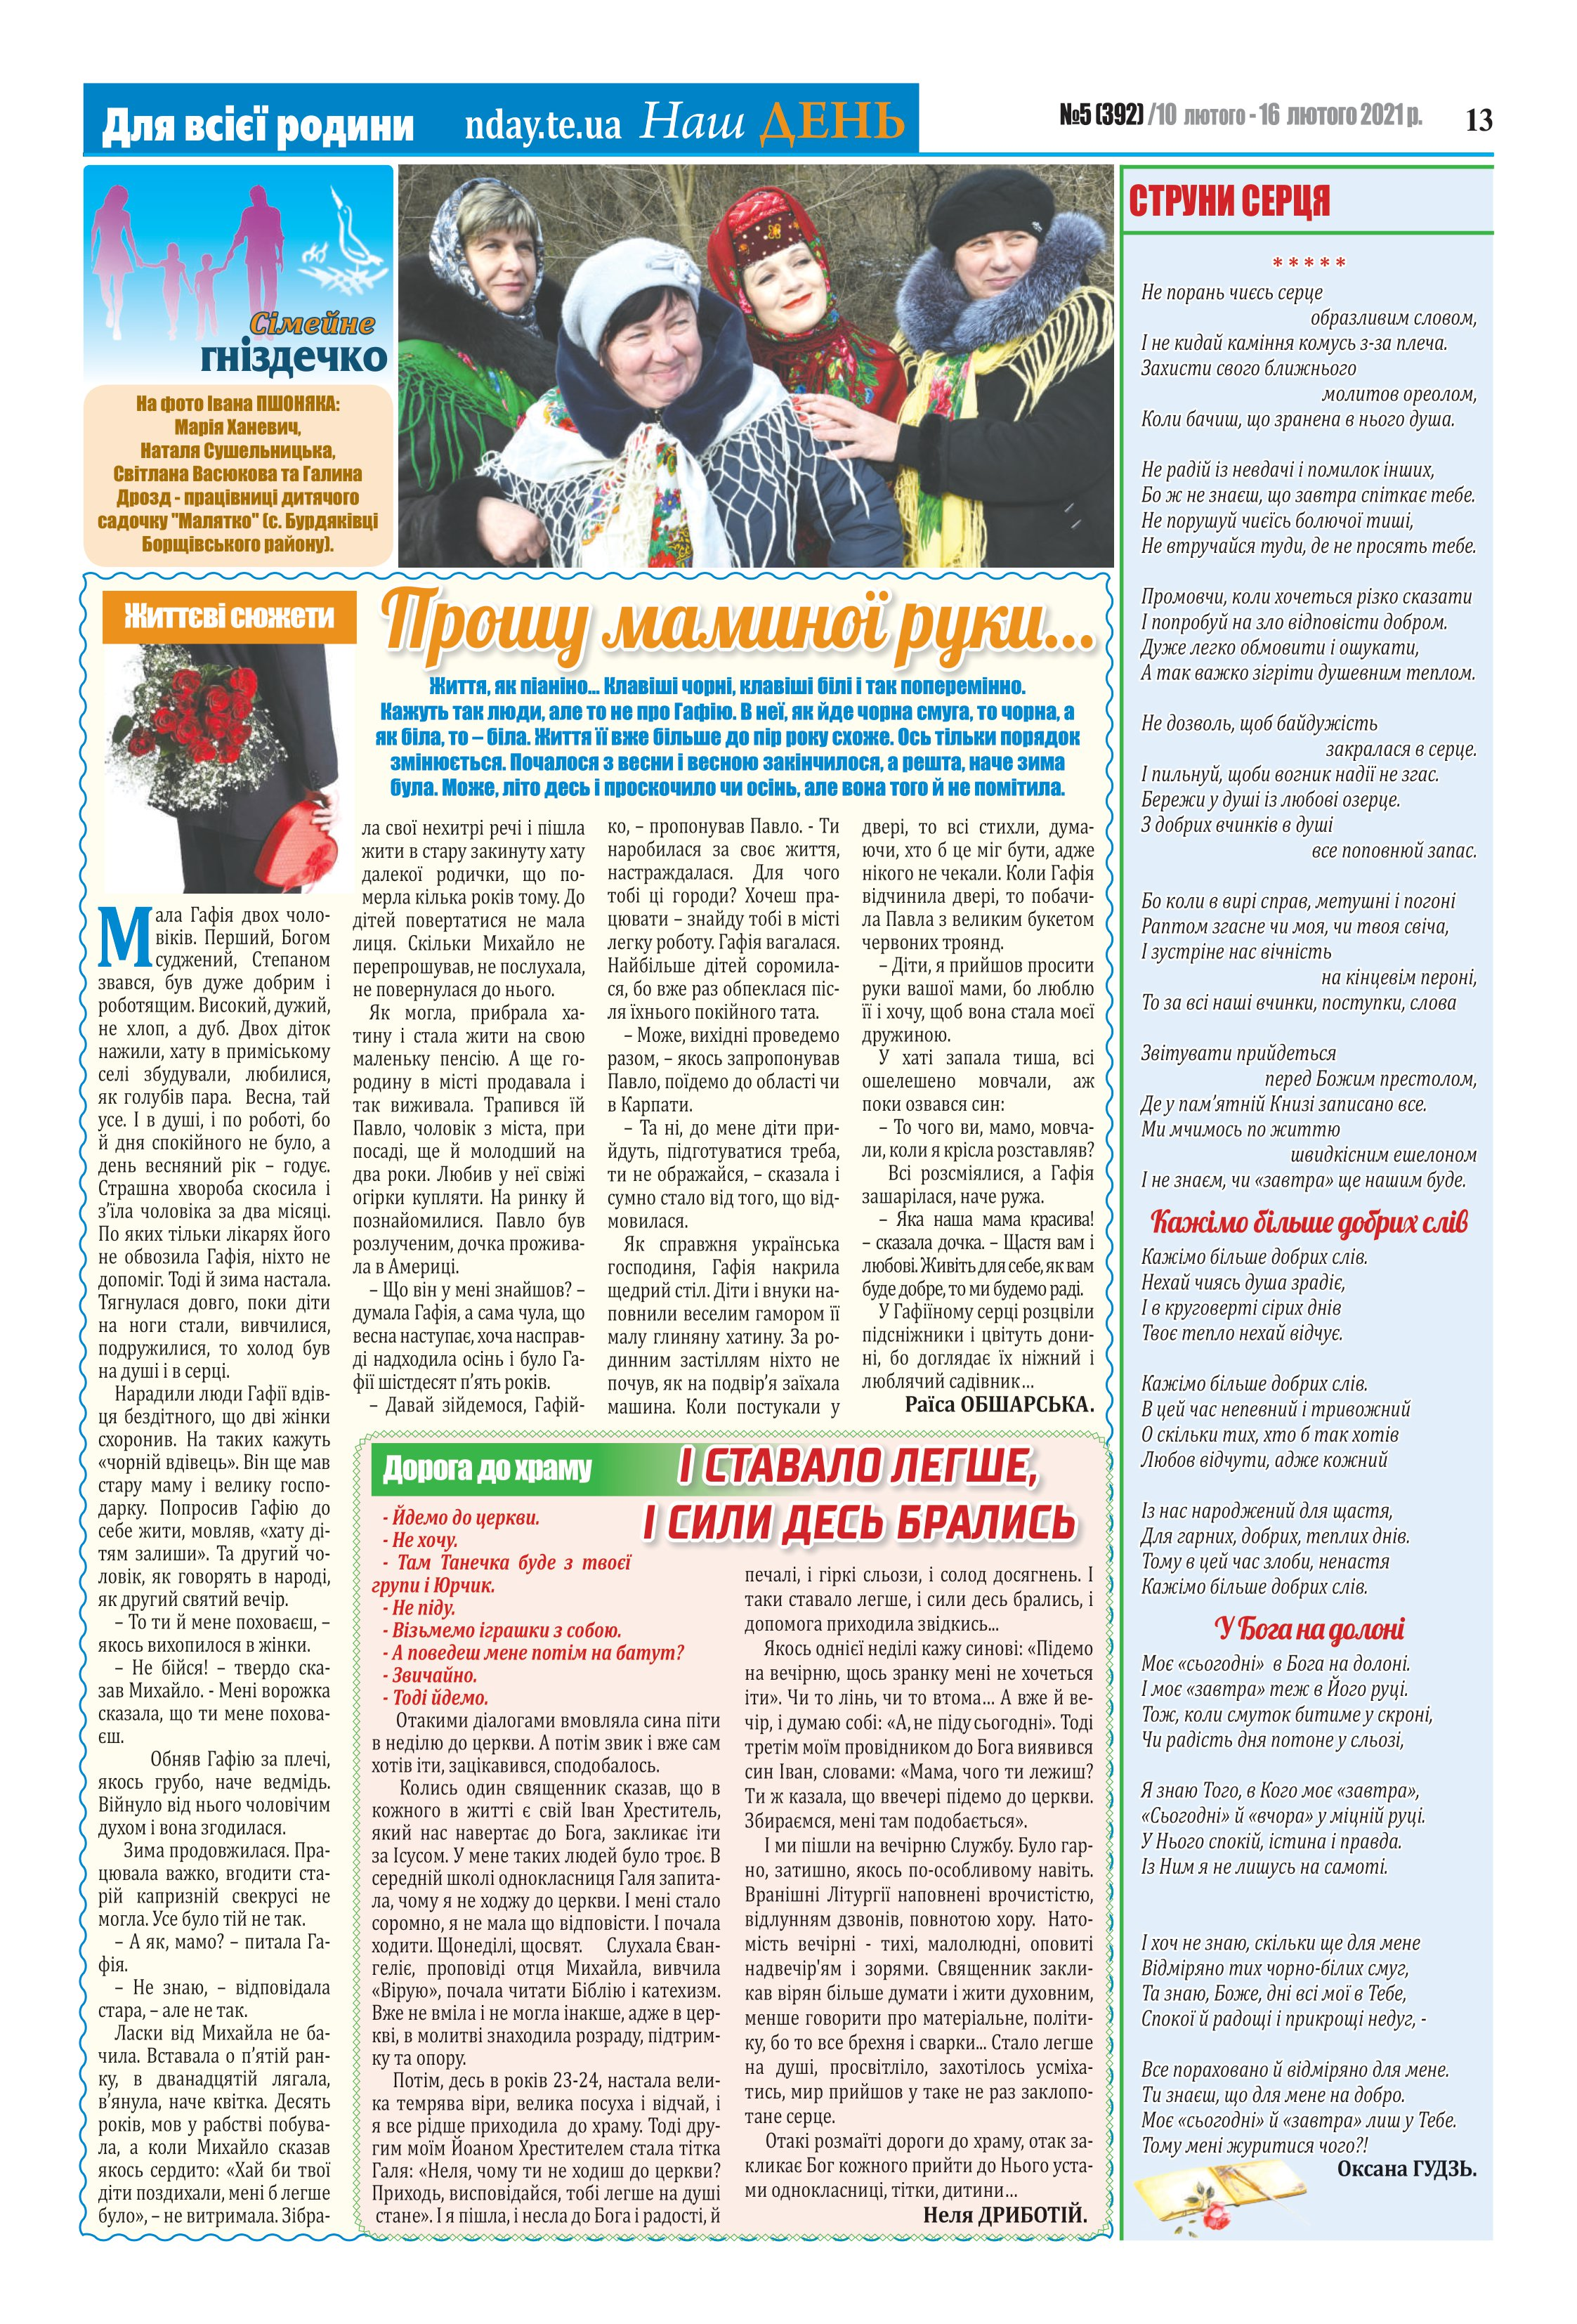
Language: uk